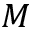
M